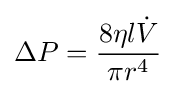
{\Delta P}={\frac {8\eta l{\dot {V}}}{\pi r^{4}}}